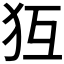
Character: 𤜷